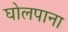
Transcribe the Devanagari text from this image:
घोलपाना